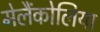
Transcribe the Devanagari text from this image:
मेलैंकोलिया